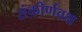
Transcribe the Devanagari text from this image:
संकीर्णवक्ष